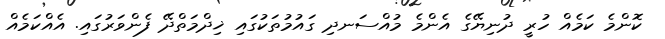
ކޮންމެ ކަމެއް ހުރީ ދުނިޔޭގެ އެންމެ މުއްސަނދި ގައުމުތަކުގައި ޚިދްމަތްދޭ ފެންވަރުގައި. އެއްކަމެއް